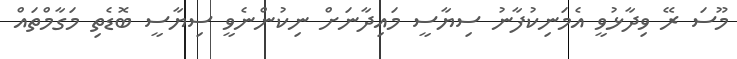
މޫސަ ރޭ ވިދާޅުވީ އެމަނިކުފާނު ސިޔާސީ މައިދާނަށް ނިކުންނެވީ ސިޔާސީ ބޮޑެތި މަގާމްތައް